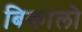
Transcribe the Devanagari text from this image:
बिकालो